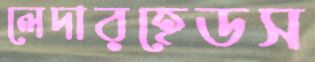
লেদারহেডস